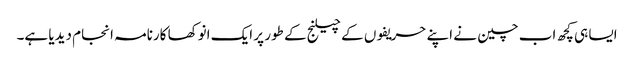
ایسا ہی کچھ اب چین نے اپنے حریفوں کے چیلنج کے طور پر ایک انوکھا کارنامہ انجام دیدیا ہے۔